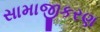
સામાજીકરણ